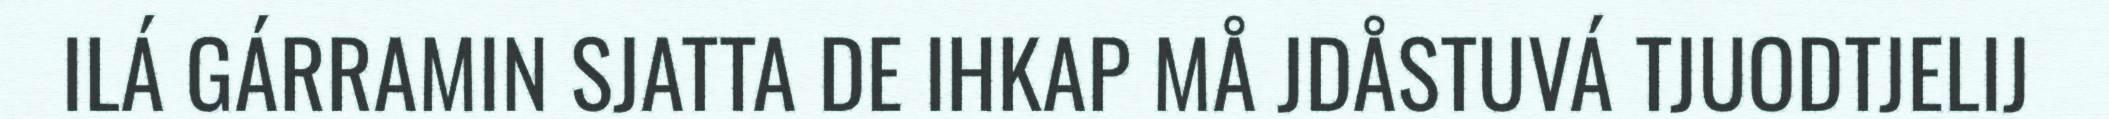
ILÁ GÁRRAMIN SJATTA DE IHKAP MÅ JDÅSTUVÁ TJUODTJELIJ